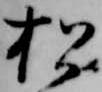
松